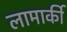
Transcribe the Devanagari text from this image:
लामार्की